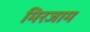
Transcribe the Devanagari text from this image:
मिरजाम